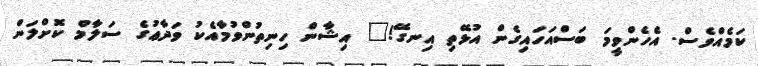
ކަމެއްވެސް. އެހެންވީމަ ބަސްއަހައިގެން އުޅޭތި އިނގޭ!" އިޝާން ހިނިތުންވުމާއެކު ވަދާޢުގެ ސަލާމް ކޮށްލަން